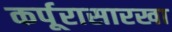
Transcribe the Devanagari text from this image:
कर्पूरासारखा